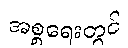
အစ္စရေးတွင်